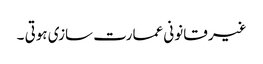
غیر قانونی عمارت سازی ہوتی ۔